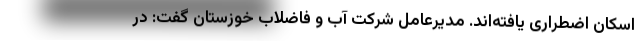
اسکان اضطراری یافته‌اند. مدیرعامل شرکت آب و فاضلاب خوزستان گفت: در